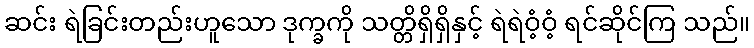
ဆင်း ရဲခြင်းတည်းဟူသော ဒုက္ခကို သတ္တိရှိရှိနှင့် ရဲရဲဝံ့ဝံ့ ရင်ဆိုင်ကြ သည်။